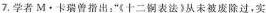
7.学者M·卡瑞曾指出：”《十二表法从未被废除过，实